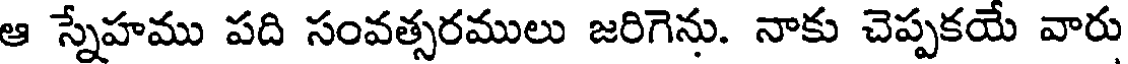
ఆ స్నేహము పది సంవత్సరములు జరిగెను. నాకు చెప్పకయే వారు